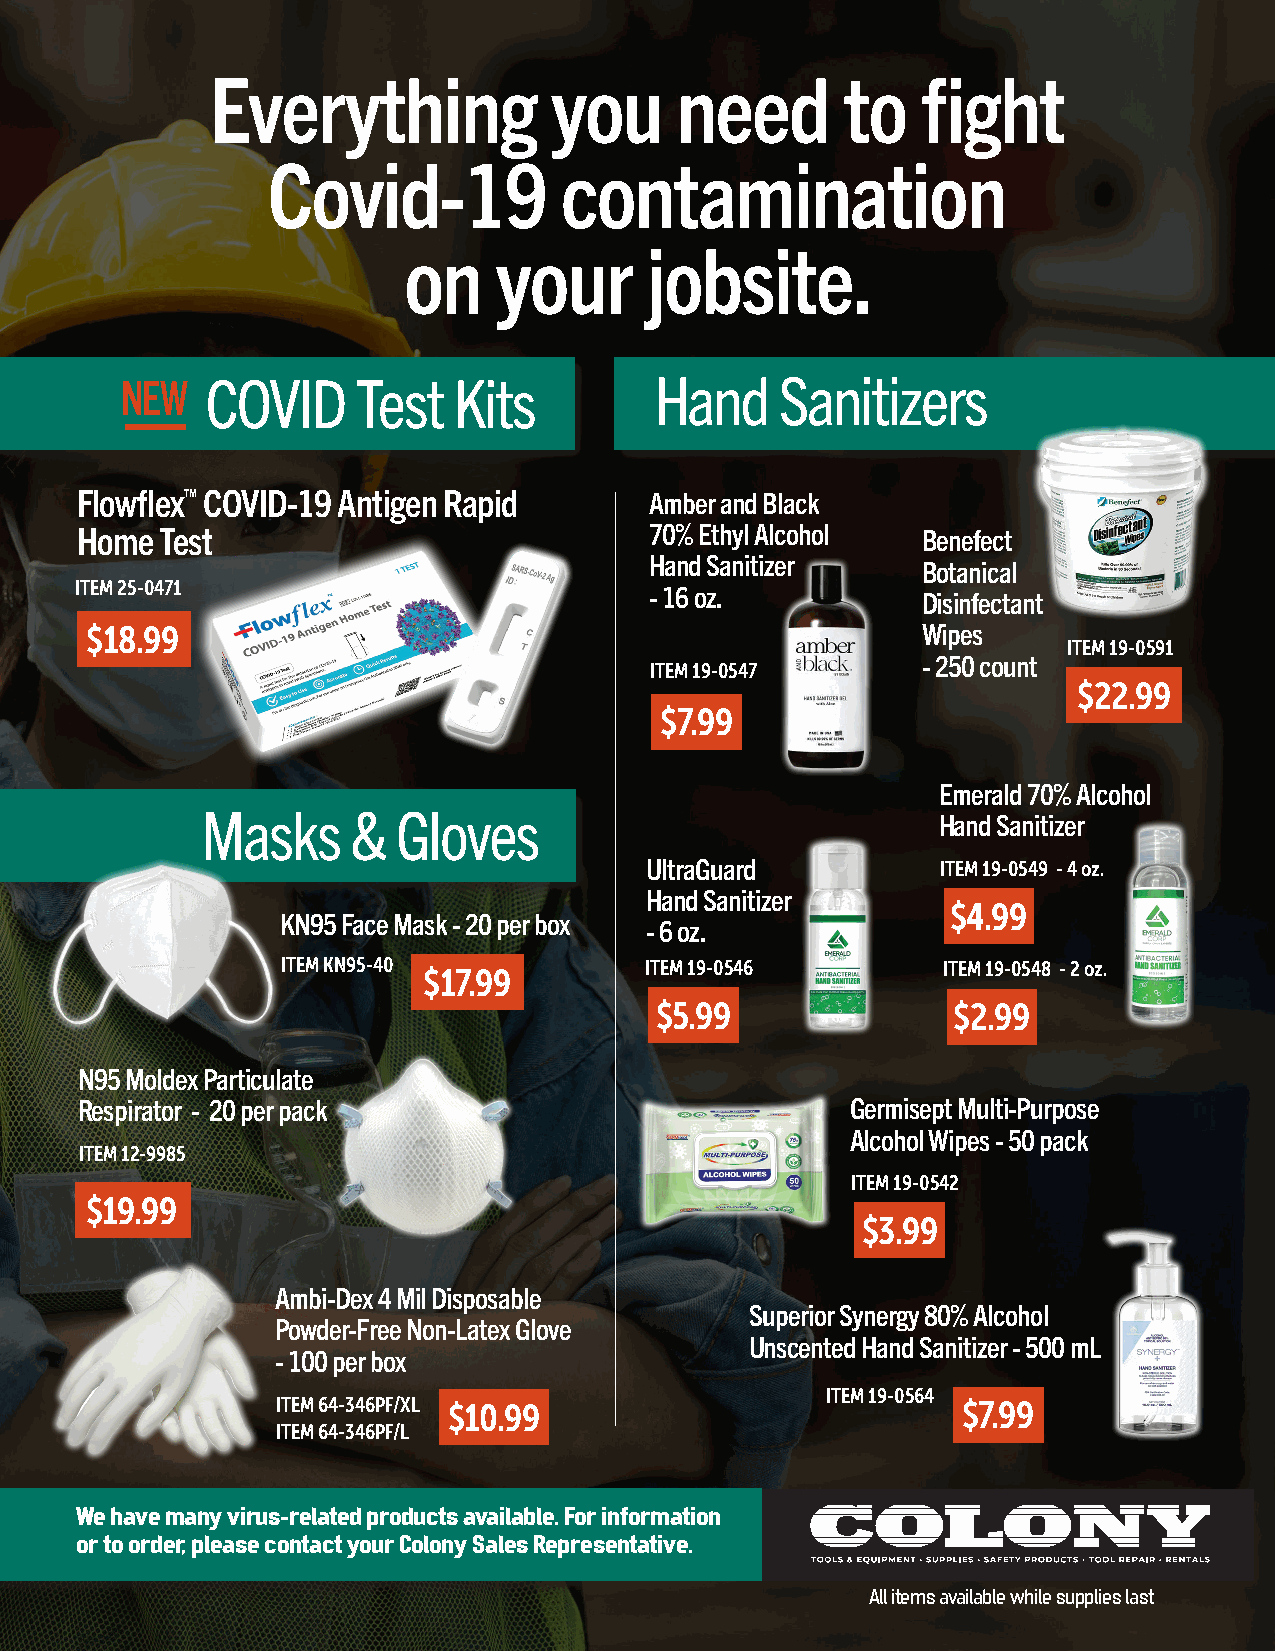
Everything             you     need       to   fight
 Covid-19           contamination
 on    your      jobsite.
 NEW   COVID     Test  Kits         Hand     Sanitizers
 Flowflex™ COVID-19 Antigen Rapid      Amber and Black
 Home  Test                            70% Ethyl Alcohol Benefect
 Hand Sanitizer
 Botanical
 ITEM 25-0471                          - 16 oz.
 Disinfectant
 $18.99                                                 Wipes
 ITEM 19-0591
 - 250 count
 ITEM 19-0547
 $22.99
 $7.99
 Emerald 70% Alcohol
 Masks     &  Gloves
 Hand Sanitizer
 UltraGuard         ITEM 19-0549 - 4 oz.
 Hand Sanitizer
 $4.99
 KN95 Face Mask - 20 per box
 - 6 oz.
 ITEM KN95-40            ITEM 19-0546       ITEM 19-0548 - 2 oz.
 $17.99
 $5.99               $2.99
 N95 Moldex Particulate
 Respirator - 20 per pack                           Germisept Multi-Purpose
 Alcohol Wipes - 50 pack
 ITEM 12-9985
 ITEM 19-0542
 $19.99
 $3.99
 Ambi-Dex 4 Mil Disposable
 Superior Synergy 80% Alcohol
 Powder-Free Non-Latex Glove
 Unscented Hand Sanitizer - 500 mL
 - 100 per box
 ITEM 19-0564
 ITEM 64-346PF/XL $10.99                       $7.99
 ITEM 64-346PF/L
 We have many virus-related products available. For information
 or to order, please contact your Colony Sales Representative.
 All items available while supplies last